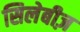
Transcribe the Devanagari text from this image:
सिलेबीज़